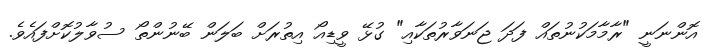
އޮންނަނީ "ރާމާމަކުނުތައް ފަދަ ޖަނަވާރުތަކާއި" ގުޅޭ ވީޑިއޯ އިތުރަށް ބަލަން ބޭނުންތޯ ސުވާލުކޮށްފައެވެ.